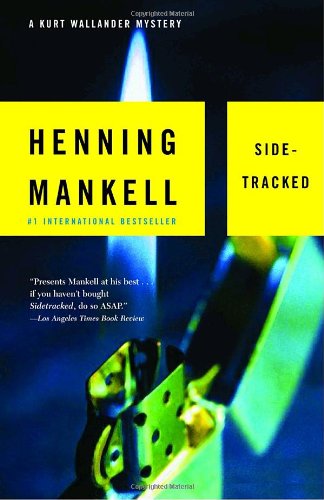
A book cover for Sidetracked; Henning Mankell; Mystery, Thriller & Suspense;